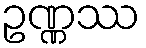
ဥဏ္ဏဿ